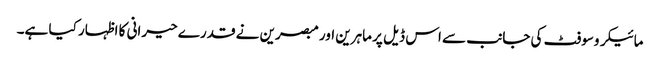
مائیکروسوفٹ کی جانب سے اس ڈیل پر ماہرین اور مبصرین نے قدرے حیرانی کا اظہار کیا ہے۔